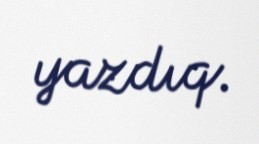
yazdıq.